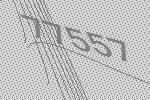
77557